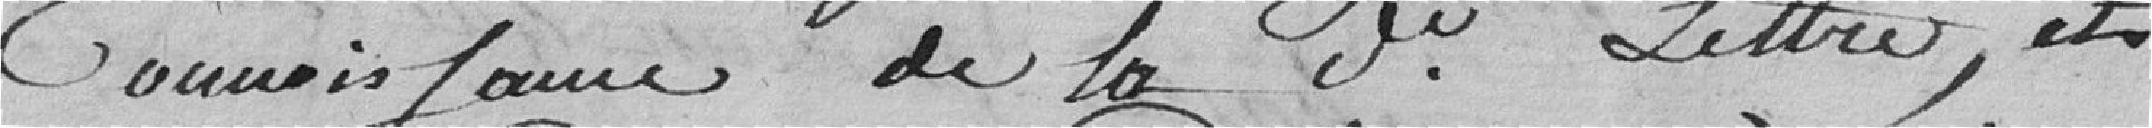
connaissance de la dite lettre, et